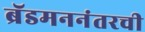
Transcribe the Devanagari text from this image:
ब्रॅडमननंतरची